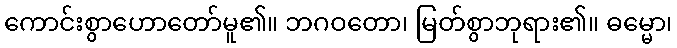
ကောင်းစွာဟောတော်မူ၏။ ဘဂဝတော၊ မြတ်စွာဘုရား၏။ ဓမ္မော၊